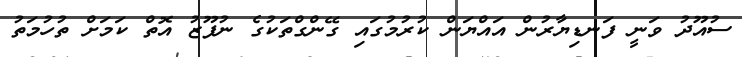
ސުއޫދު ވަނީ ފަނޑިޔާރުން އައްޔަން ކުރުމުގައި ގޭންގްތަކުގެ ނުފޫޒު އޮތް ކަމަށް ތުހުމަތު